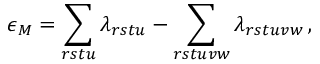
\epsilon _ { M } = \sum _ { r s t u } \lambda _ { r s t u } - \sum _ { r s t u v w } \lambda _ { r s t u v w } \, ,